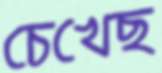
চেখেছ